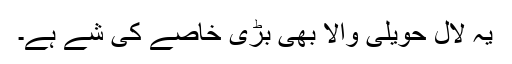
یہ لال حویلی والا بھی بڑی خاصے کی شے ہے۔